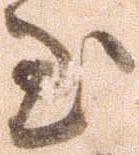
至